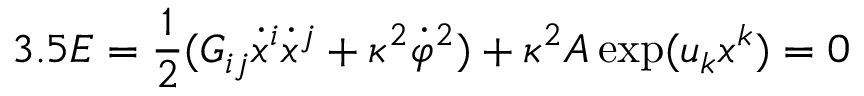
3 . 5 E = \frac { 1 } { 2 } ( G _ { i j } \dot { x } ^ { i } \dot { x } ^ { j } + \kappa ^ { 2 } \dot { \varphi } ^ { 2 } ) + \kappa ^ { 2 } A \exp ( u _ { k } x ^ { k } ) = 0